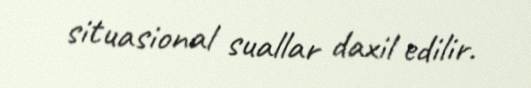
situasional suallar daxil edilir.